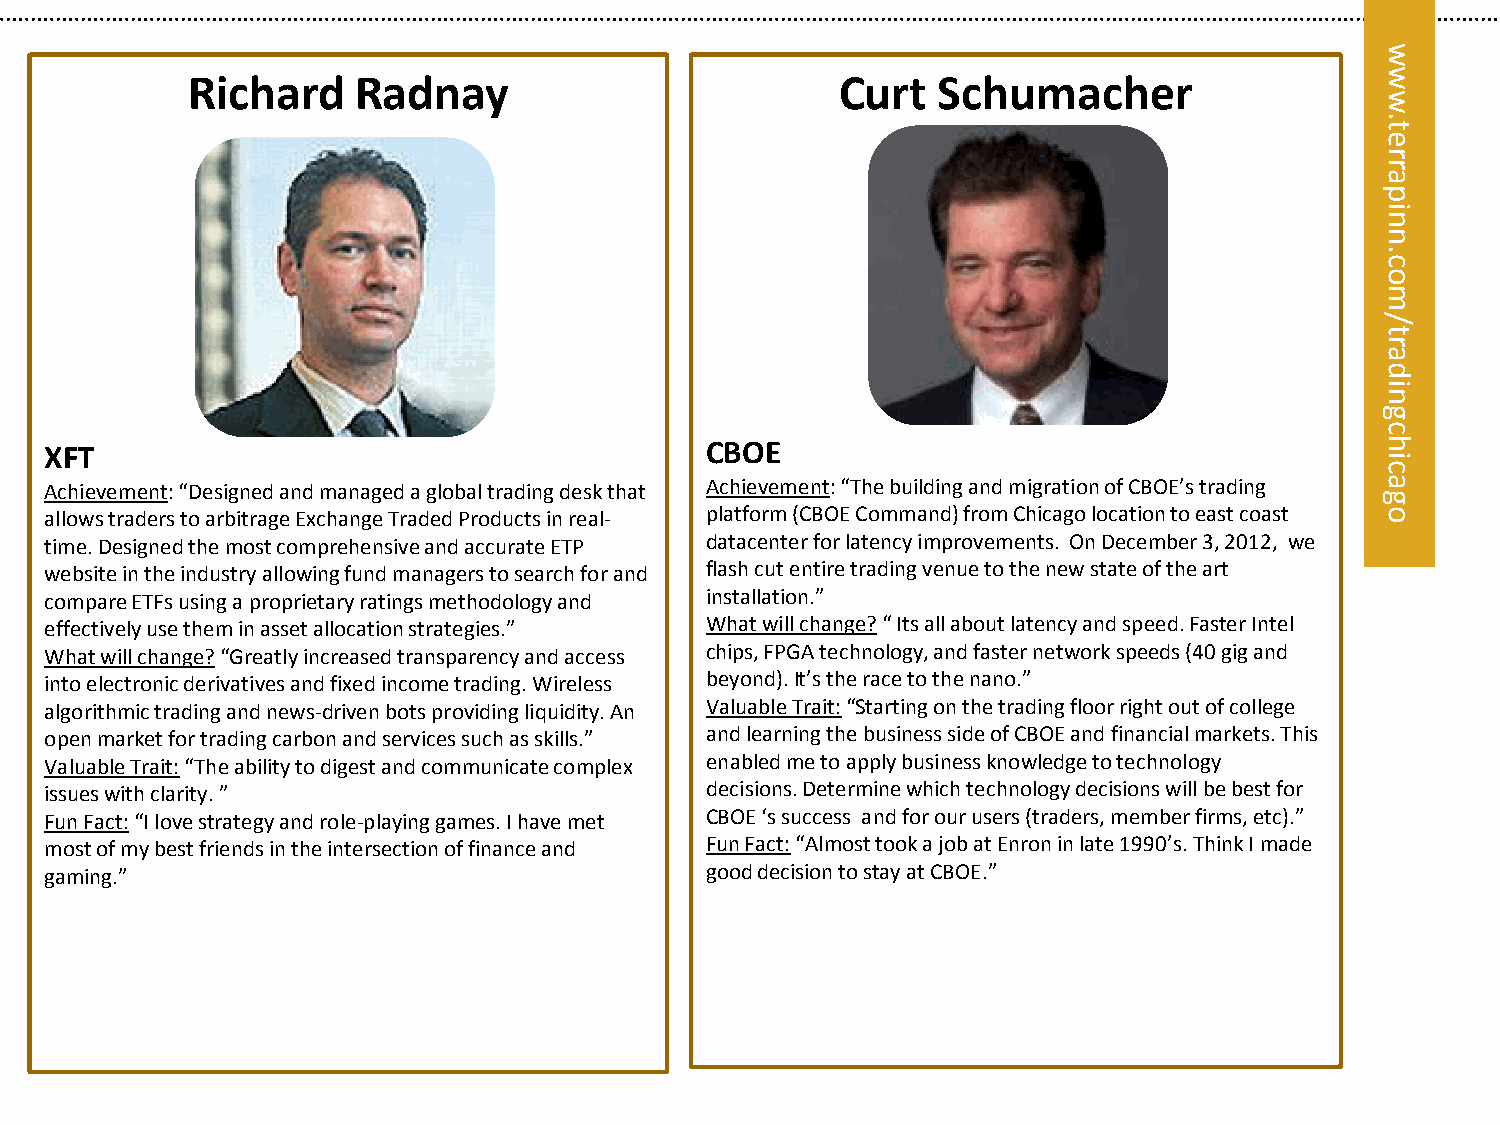
w
 Richard     Radnay                          Curt  Schumacher                   w
 w
 .
 t
 e
 r
 r
 eta
 rrp
 pa ni
 ni
 n
 n.
 oc. oc
 m
 m
 /
 ol/
 yt
 ar
 aytl da
 si
 ain
 g
 c
 XFT                                         CBOE                                        h
 i
 c
 Achievement: “Designed and managed a global trading desk that Achievement: “The building and migration of CBOE’s trading a
 g
 allows traders to arbitrage Exchange Traded Products in real- platform (CBOE Command) from Chicago location to east coast o
 time. Designed the most comprehensive and accurate ETP datacenter for latency improvements. On December 3, 2012, we
 website in the industry allowing fund managers to search for and flash cut entire trading venue to the new state of the art
 compare ETFs using a proprietary ratings methodology and installation.”
 effectively use them in asset allocation strategies.” What will change? “ Its all about latency and speed. Faster Intel
 What will change? “Greatly increased transparency and access chips, FPGA technology, and faster network speeds (40 gig and
 into electronic derivatives and fixed income trading. Wireless beyond). It’s the race to the nano.”
 algorithmic trading and news-driven bots providing liquidity. An Valuable Trait: “Starting on the trading floor right out of college
 open market for trading carbon and services such as skills.” and learning the business side of CBOE and financial markets. This
 Valuable Trait: “The ability to digest and communicate complex enabled me to apply business knowledge to technology
 issues with clarity. ”                      decisions. Determine which technology decisions will be best for
 Fun Fact: “I love strategy and role-playing games. I have met CBOE ‘s success and for our users (traders, member firms, etc).”
 most of my best friends in the intersection of finance and Fun Fact: “Almost took a job at Enron in late 1990’s. Think I made
 gaming.”                                    good decision to stay at CBOE.”